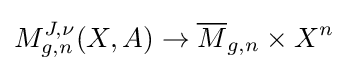
M_{g,n}^{J,\nu }(X,A)\to {\overline {M}}_{g,n}\times X^{n}